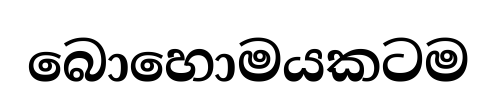
බොහොමයකටම